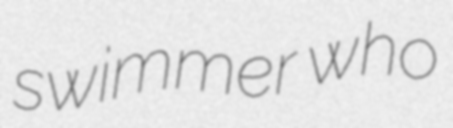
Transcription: swimmer who